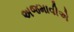
અજમાવીએ